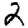
Digit: 2